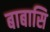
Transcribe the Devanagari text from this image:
बाबासि